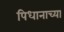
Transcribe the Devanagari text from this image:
पिधानाच्या